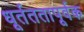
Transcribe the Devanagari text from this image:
धूर्तततापूर्वक